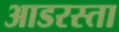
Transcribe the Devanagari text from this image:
आडरस्ता